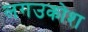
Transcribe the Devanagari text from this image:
लगउकोश